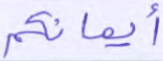
أيمانكم